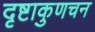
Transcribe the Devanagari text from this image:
दृष्टाकुणचन